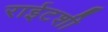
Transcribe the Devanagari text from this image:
राईटशी